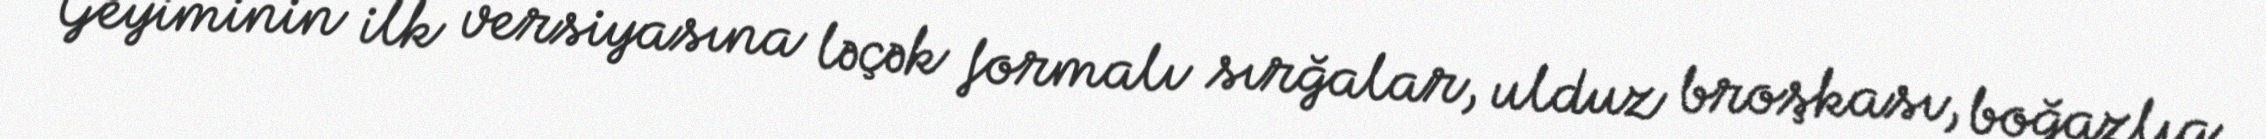
Geyiminin ilk versiyasına ləçək formalı sırğalar, ulduz broşkası, boğazlıq,